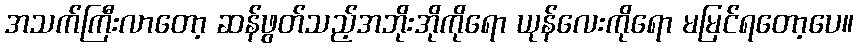
အသက်ကြီးလာတော့ ဆန်ဖွတ်သည့်အဘိုးအိုကိုရော ယုန်လေးကိုရော မမြင်ရတော့ပေ။